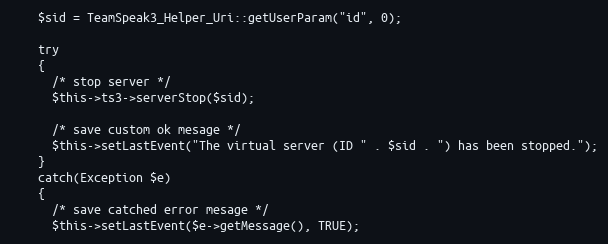
Language: PHP
    $sid = TeamSpeak3_Helper_Uri::getUserParam("id", 0);

    try
    {
      /* stop server */
      $this->ts3->serverStop($sid);

      /* save custom ok mesage */
      $this->setLastEvent("The virtual server (ID " . $sid . ") has been stopped.");
    }
    catch(Exception $e)
    {
      /* save catched error mesage */
      $this->setLastEvent($e->getMessage(), TRUE);